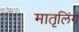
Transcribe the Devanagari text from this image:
मातृलिंग